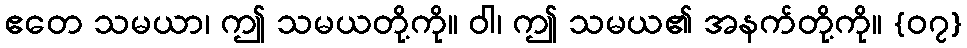
ဧတေ သမယာ၊ ဤ သမယတို့ကို။ ဝါ၊ ဤ သမယ၏ အနက်တို့ကို။ {၀၇}